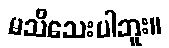
မသိသေးပါဘူး။